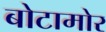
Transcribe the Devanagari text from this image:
बोटामोर